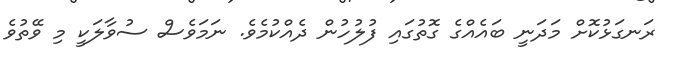
ރަނގަޅުކޮށް މަދަނީ ބައެއްގެ ގޮތުގައި ފުލުހުން ދެއްކުމެވެ. ނަމަވެސް ސުވާލަކީ މި ވޭތުވެ